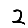
Digit: 2